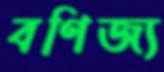
বণিজ্য